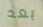
بعد